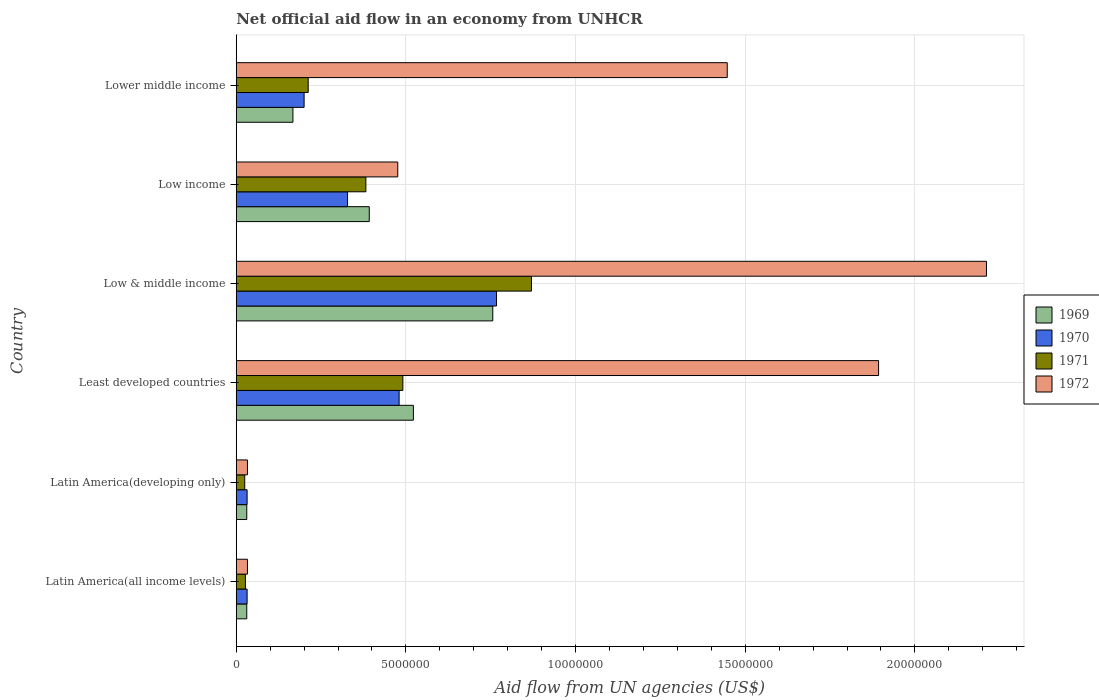
| Country | 1969 | 1970 | 1971 | 1972 |
 | --- | --- | --- | --- | --- |
 | Latin America(all income levels) | 3.1e+05 | 3.2e+05 | 2.7e+05 | 3.3e+05 |
 | Latin America(developing only) | 3.1e+05 | 3.2e+05 | 2.5e+05 | 3.3e+05 |
 | Least developed countries | 5.22e+06 | 4.8e+06 | 4.91e+06 | 1.89e+07 |
 | Low & middle income | 7.56e+06 | 7.67e+06 | 8.7e+06 | 2.21e+07 |
 | Low income | 3.92e+06 | 3.28e+06 | 3.82e+06 | 4.76e+06 |
 | Lower middle income | 1.67e+06 | 2e+06 | 2.12e+06 | 1.45e+07 |